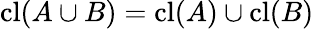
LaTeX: \operatorname{cl}(A\cup B)=\operatorname{cl}(A)\cup\operatorname{cl}(B)